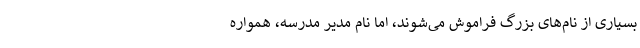
بسیاری از نام‌های بزرگ فراموش می‌شوند، اما نام مدیر مدرسه، همواره